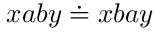
x a b y \doteq x b a y